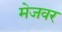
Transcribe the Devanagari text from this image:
मेजवर